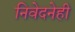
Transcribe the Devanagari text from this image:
निवेदनेही